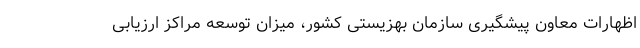
اظهارات معاون پیشگیری سازمان بهزیستی کشور، میزان توسعه مراکز ارزیابی